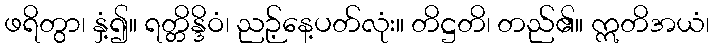
ဖရိတွာ၊ နှံ့၍။ ရတ္တိန္ဒိဝံ၊ ညဉ့်နေ့ပတ်လုံး။ တိဋ္ဌတိ၊ တည်၏။ ဣတိအယံ၊